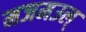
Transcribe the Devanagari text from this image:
मजमउल्